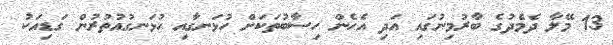
13 މޭލާ ދެމެދުގެ ބާރުމިނުގައި އަދި އެހެން ހިސާބުތަކަށް ހުޅަނގާއި ހުޅަނގުއުތުރުން ގަޑިއަކު